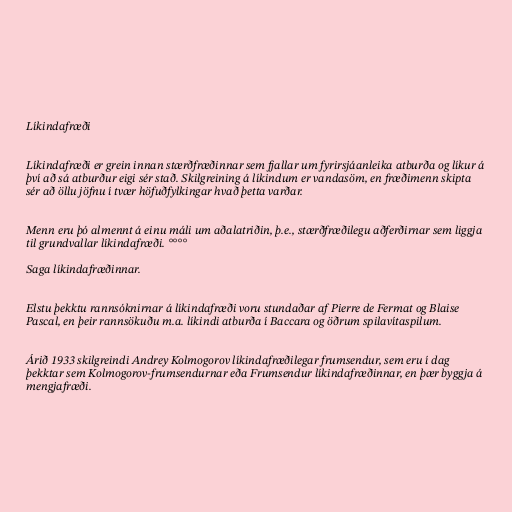
Líkindafræði

Líkindafræði er grein innan stærðfræðinnar sem fjallar um fyrirsjáanleika atburða og líkur á
því að sá atburður eigi sér stað. Skilgreining á líkindum er vandasöm, en fræðimenn skipta
sér að öllu jöfnu í tvær höfuðfylkingar hvað þetta varðar.

Menn eru þó almennt á einu máli um aðalatriðin, þ.e., stærðfræðilegu aðferðirnar sem liggja
til grundvallar líkindafræði. °°°°

Saga líkindafræðinnar.

Elstu þekktu rannsóknirnar á líkindafræði voru stundaðar af Pierre de Fermat og Blaise
Pascal, en þeir rannsökuðu m.a. líkindi atburða í Baccara og öðrum spilavítaspilum.

Árið 1933 skilgreindi Andrey Kolmogorov líkindafræðilegar frumsendur, sem eru í dag
þekktar sem Kolmogorov-frumsendurnar eða Frumsendur líkindafræðinnar, en þær byggja á
mengjafræði.